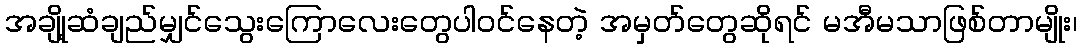
အချို့ဆံချည်မျှင်သွေးကြောလေးတွေပါဝင်နေတဲ့ အမှတ်တွေဆိုရင် မအီမသာဖြစ်တာမျိုး၊